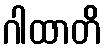
ဂါထာတိ